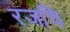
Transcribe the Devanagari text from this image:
रजचि